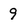
Character: 9